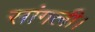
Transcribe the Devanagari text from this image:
सांगली।